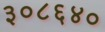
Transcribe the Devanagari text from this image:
३०८६४०